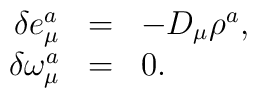
\begin{array}{rcl} \delta e^a_\mu &=& -D_\mu\rho^a, \\ \delta \omega^a_\mu &=& 0.\end{array}